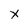
Character: X